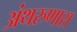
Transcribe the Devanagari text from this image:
अंथरुणास